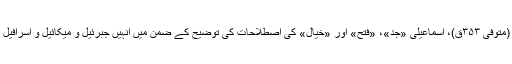
ابویعقوب سجستانی (متوفی ۳۵۳ق)، اسماعیلی «جَدّ»، «فتح» اور «خیال» کی اصطلاحات کی توضیح کے ضمن میں انہیں جبرئیل و میکائیل و اسرافیل پر تطبیق کرتا ہے۔